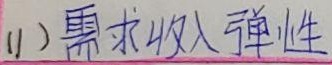
(1) 需求收入弹性